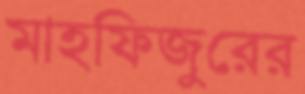
মাহফিজুরের